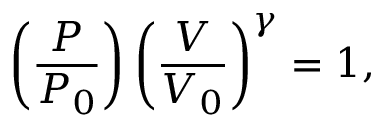
\left( { \frac { P } { P _ { 0 } } } \right) \left( { \frac { V } { V _ { 0 } } } \right) ^ { \gamma } = 1 ,